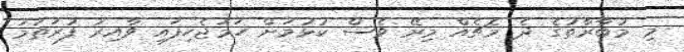
މި މުބާރާތުގެ ދެ މެޗެއް މިރޭ ވެސް ކުޅުމަށް ހަމަޖެހިފައި ވާއިރު ފުރަތަމަ